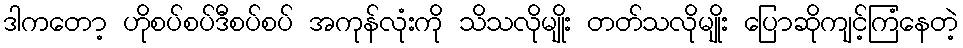
ဒါကတော့ ဟိုစပ်စပ်ဒီစပ်စပ် အကုန်လုံးကို သိသလိုမျိုး တတ်သလိုမျိုး ပြောဆိုကျင့်ကြံနေတဲ့